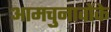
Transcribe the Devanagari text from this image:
आमचुनावोंके